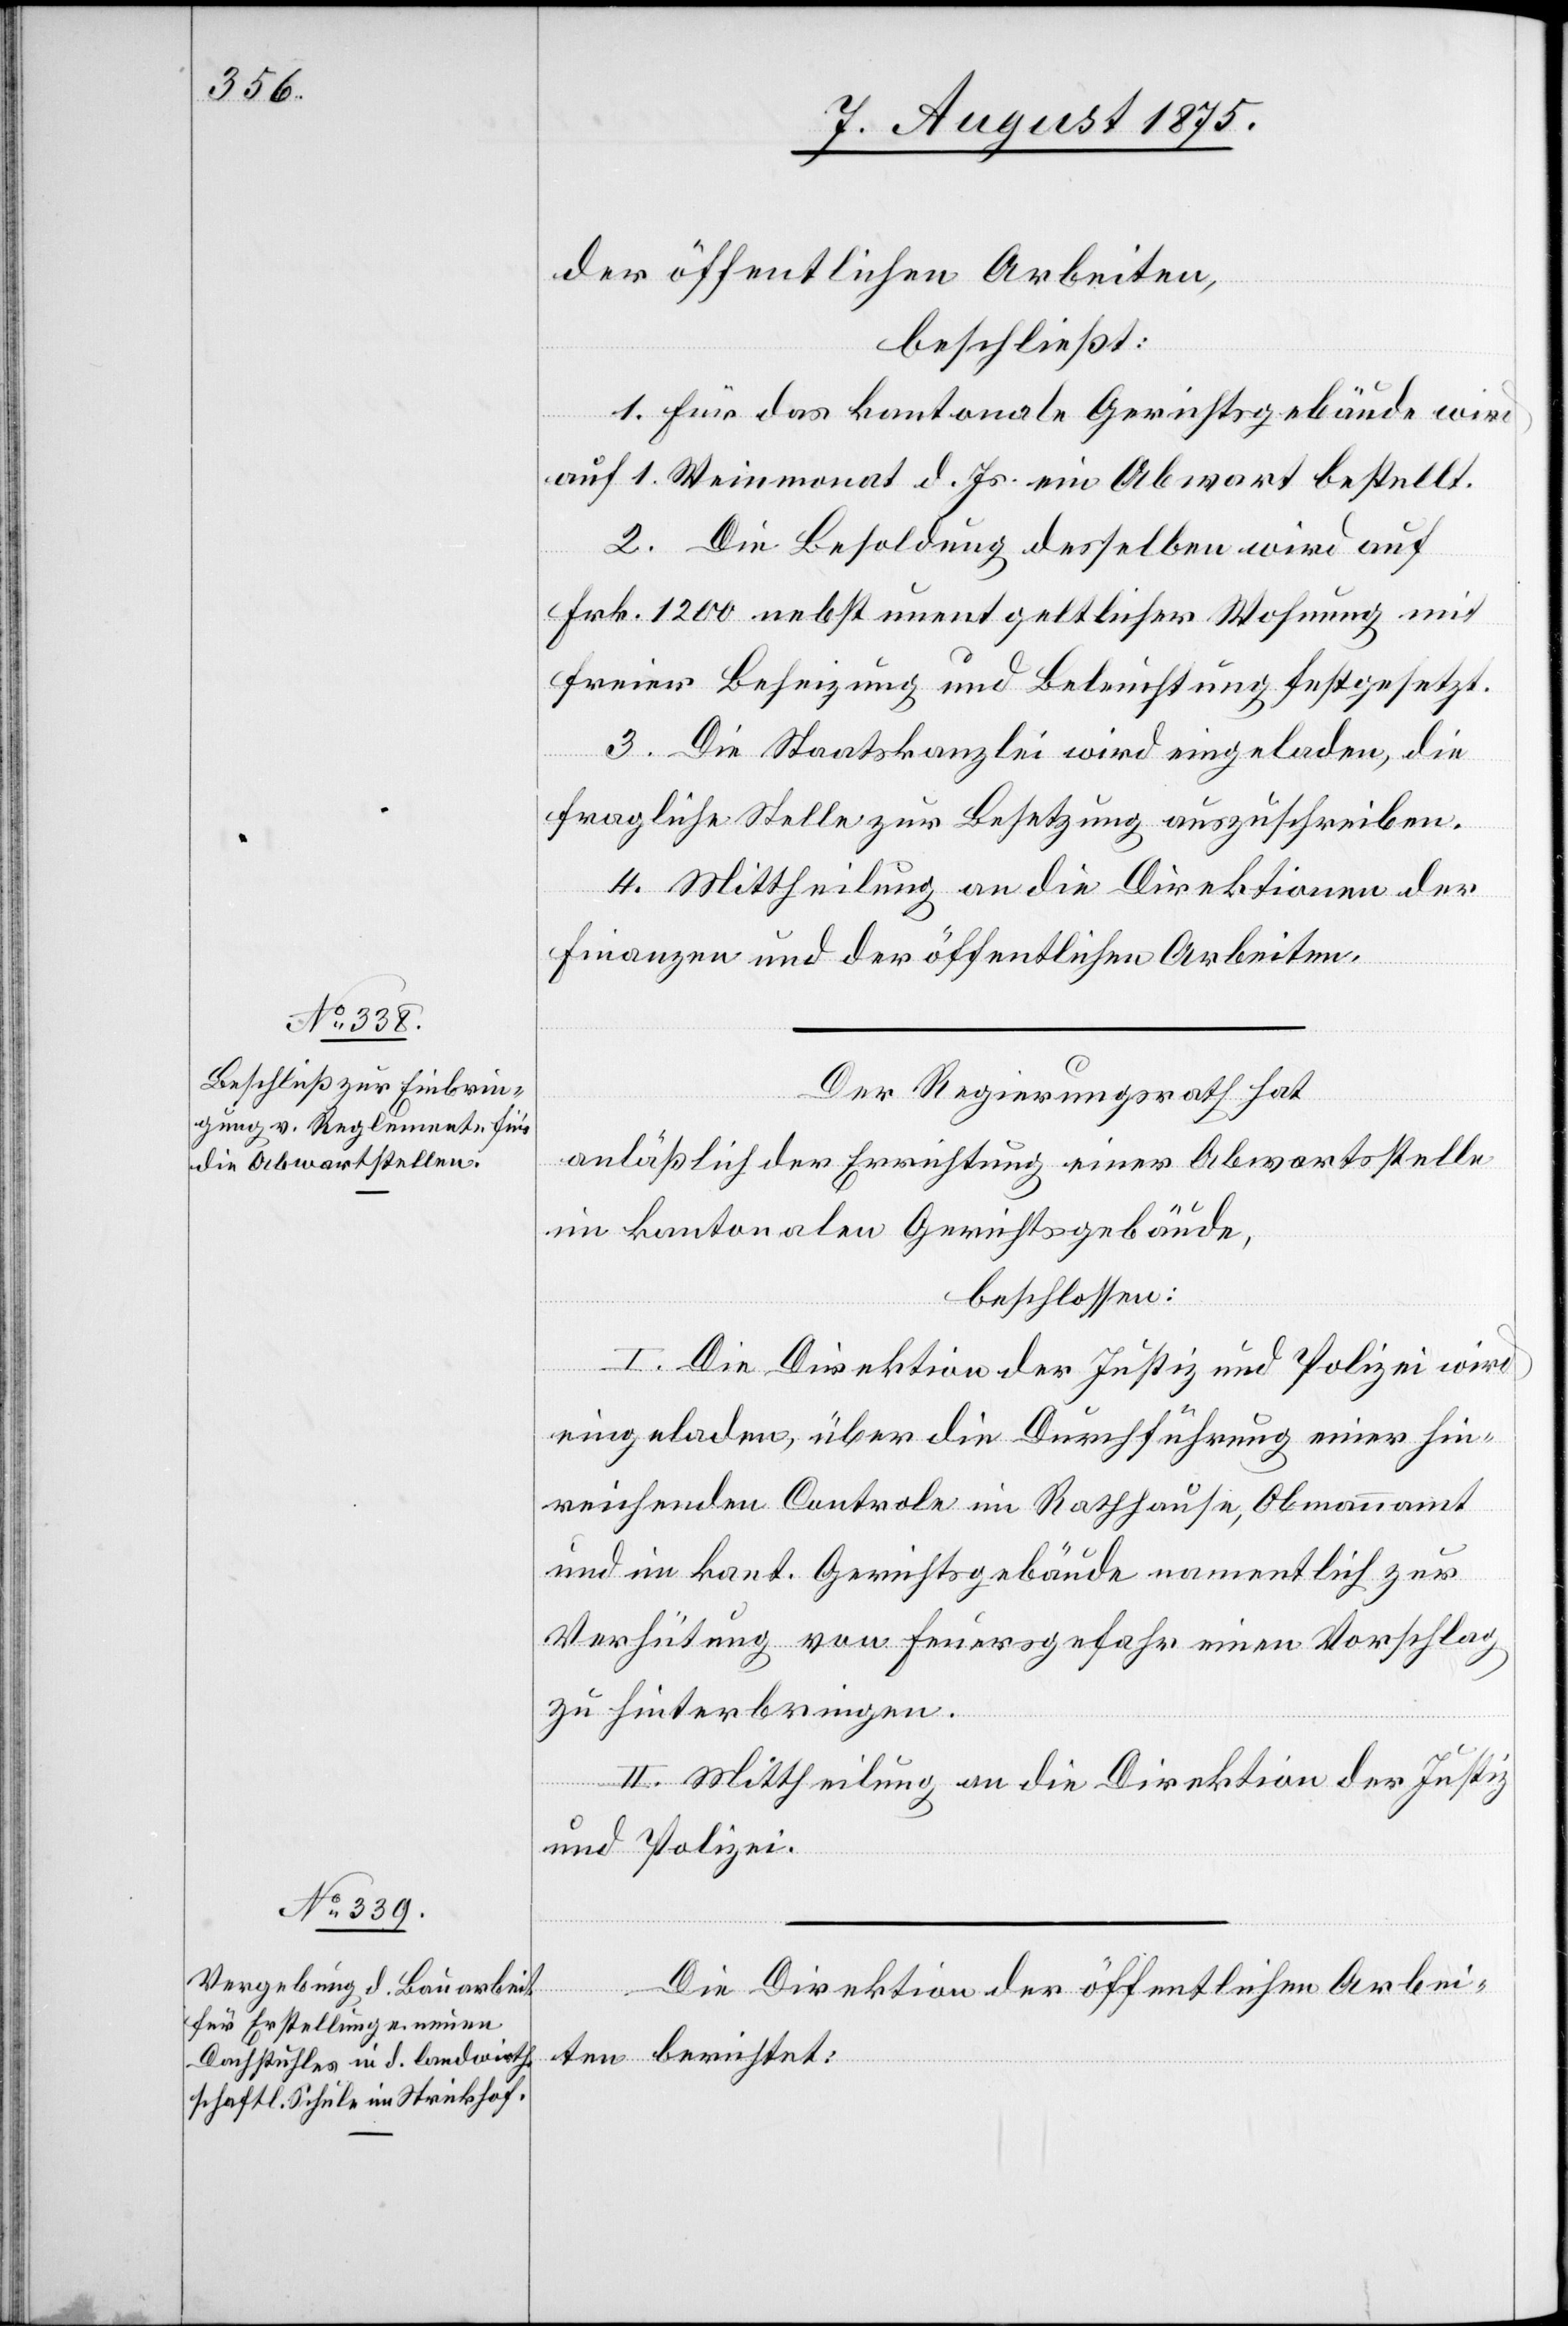
der öffentlichen Arbeiten,
beschließt:
1. Für das kantonale Gerichtsgebäude wird
auf 1. Weinmonat d. Js. ein Abwart bestellt.
2. Die Besoldung derselben wird auf
Frk. 1200 nebst unentgeltlicher Wohnung mit
freier Beheizung und Beleuchtung festgesetzt.
3. Die Staatskanzlei wird eingeladen, die
fragliche Stelle zur Besetzung auszuschreiben.
4. Mittheilung an die Direktionen der
Finanzen und der öffentlichen Arbeiten.
Der Regierungsrath hat
anläßlich der Errichtung einer Abwartsstelle
im kantonalen Gerichtsgebäude,
beschlossen:
I. Die Direktion der Justiz und Polizei wird
eingeladen, über Durchführung einer hin¬
reichenden Controle im Rathhause, Obmannamt
und im kant. Gerichtsgebäude namentlich zur
Verhütung von Feuergefahr einen Vorschlag
zu hinterbringen.
II. Mittheilung an die Direktion der Justiz
und Polizei.
Die Direktion
der Direktion der öffentlichen Arbei¬
ten berichtet: